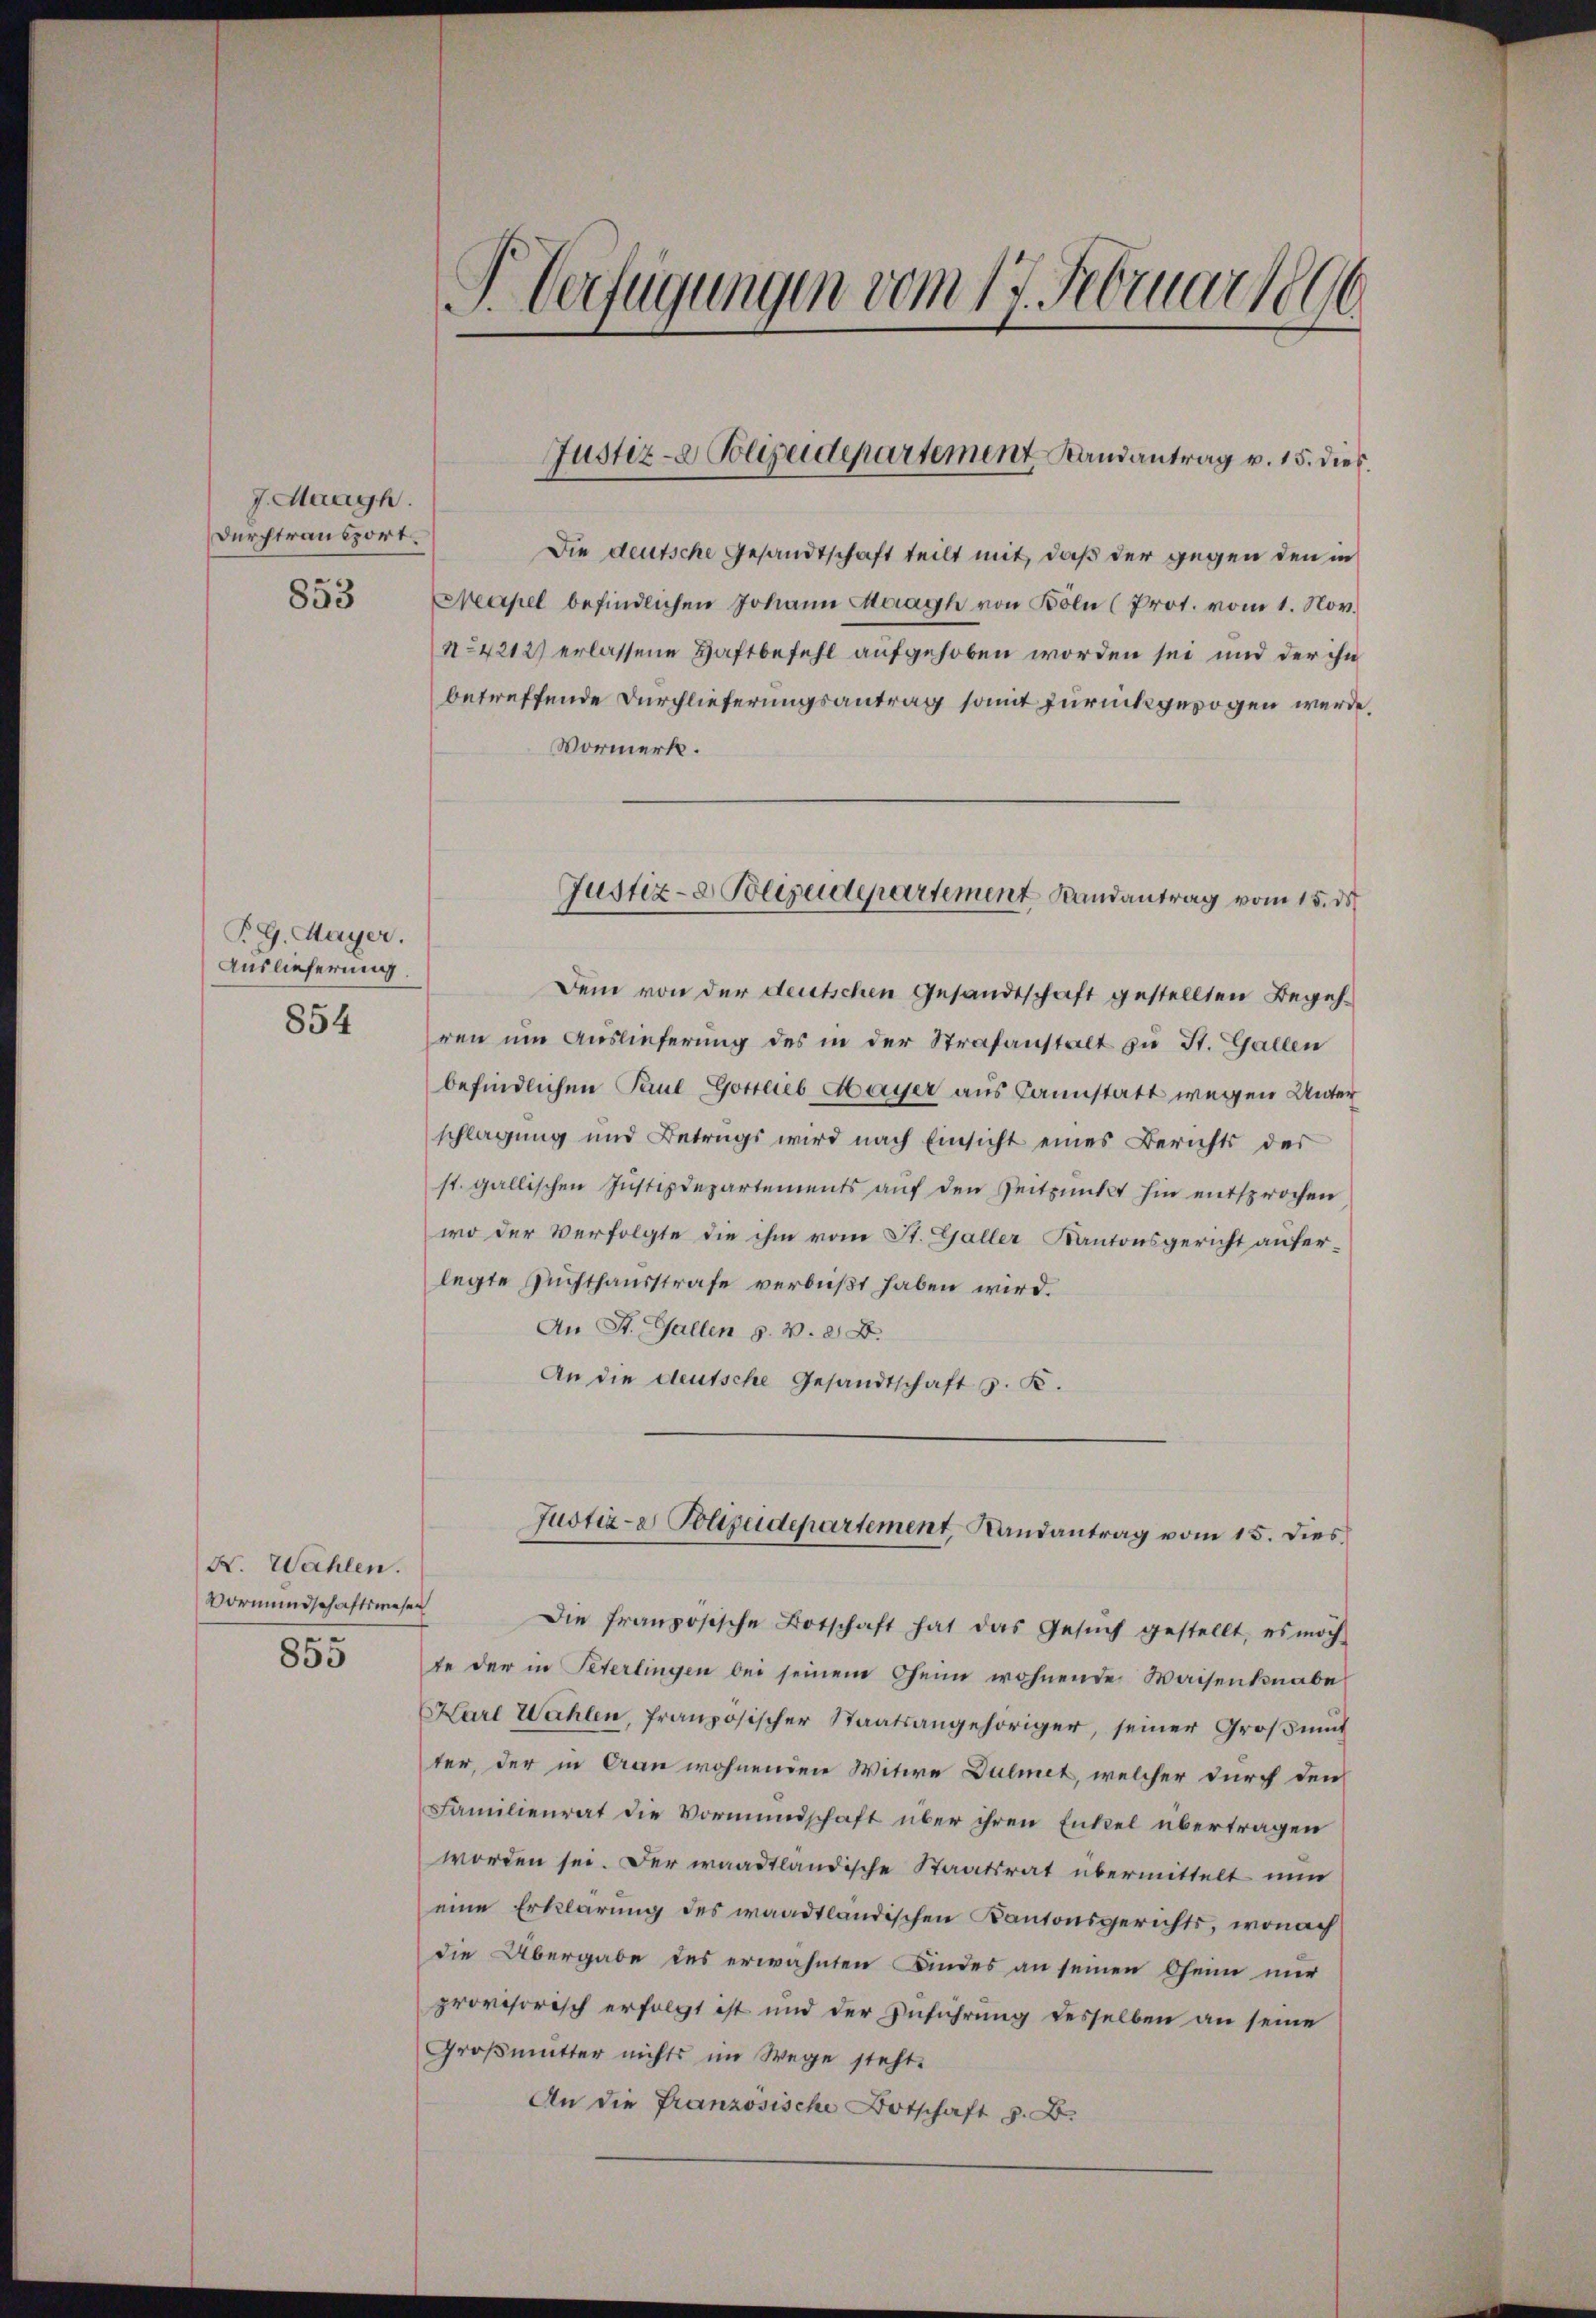
J. Maagh.
Durchtransport

853

P.G. Hayer.
Auslieferung.

854

X. Wahlen.
Vormundschaftswesen

855

J. Verfügungen vom 17. Februar 1890

Die deutsche Gesandtschaft teilt mit, daß der gegen den in
Meapel befindlichen Johann Maagh von Böln (Prot. vom 1. Nov.
n42127 erlassene Haftbefehl aufgehoben worden sei und der ihn
betreffende Durchlieferungsantrag somit zurückgezogen werde,
Vormerk.
Dem von der deutschen Gesandtschaft gestellten Begehren um Auslieferung des in der Strafanstalt zu St. Gallen
befindlichen Paul Gottlieb Mayer aus Cannstatt wegen Unter
schlagung und Betrags wird nach Einsicht eines Berichts der
st. gallischen Justizdepartements aŭf den Zeitpunkt hin entsprochen
wo der Verfolgte die ihm vom St. Galler Kantonsgericht auferlegte Ruchthausstrafe verbüßt haben wird.
An St. Gallen s. v. 8. B.
An die deutsche Gesandtschaft z. K.

Justiz- & Polizeidepartement Randantrag v. 15. dies

Justiz- & Polizeidepartement Landantrag vom 15. de

Justiz- & Polizeidepartement, Landantrag vom 15. Dies

Die französische Botschaft hat das Gesŭch gestellt, es moch
te der in Peterlingen bei seinem Oheim wohnende Waisenknabe
Karl Wahlen, französischer Staatsangehöriger, seiner Großmut
ter, der in Man wohnenden Witwe Dulmet, welcher durch den
Familienrat die Vormundschaft über ihren Entzel übertragen
worden sei. Der waadtländische Staatsrat übermittelt nun
eine Erklärung des waadtländischen Kantonsgerichts, wonach
die Übergabe des erwähnten Kindes an seinen Ofenn nur
provisorisch erfolgt ist und der Zuführung desselben an seine
Großmutter nichts im Wege steht.
An die Französische Botschaft z. B.